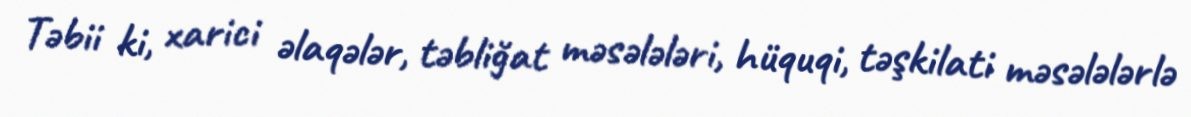
Təbii ki, xarici əlaqələr, təbliğat məsələləri, hüquqi, təşkilati məsələlərlə